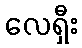
လေရှီး